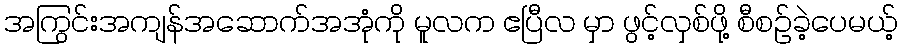
အကြွင်းအကျန်အဆောက်အအုံကို မူလက ဧပြီလ မှာ ဖွင့်လှစ်ဖို့ စီစဉ်ခဲ့ပေမယ့်